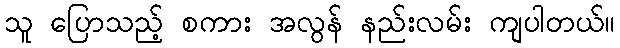
သူ ပြောသည့် စကား အလွန် နည်းလမ်း ကျပါတယ်။